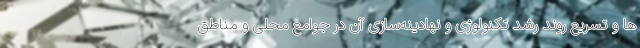
ها و تسریع روند رشد تکنولوژی و نهادینه‌سازی آن در جوامع محلی و مناطق